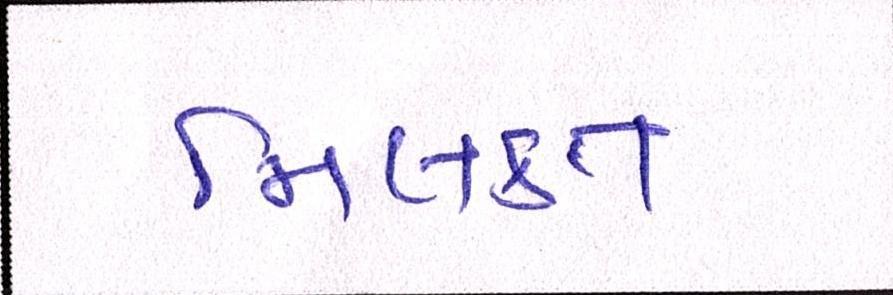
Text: મિલકત